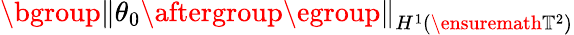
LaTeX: \mathopen{}\mathclose\bgroup\left\| \theta_{0}\aftergroup\egroup\right\| _{H^{1}(\ensuremath{\mathbb{T}}^{2})}